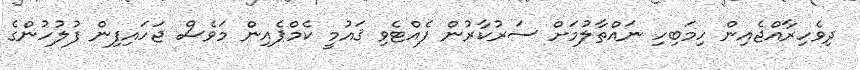
ދިވެހިރާއްޖެއިން ހިމަބިހި ނައްތާލުމަށް ސަރުކާރުން ފެއްޓެވި ޤައުމީ ކެމްޕެއިން މަވެސް ޖަހައިފިން ފުލުހުންގެ